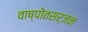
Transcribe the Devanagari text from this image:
वाष्पोतसर्जन